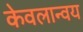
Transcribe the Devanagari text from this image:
केवलान्वय